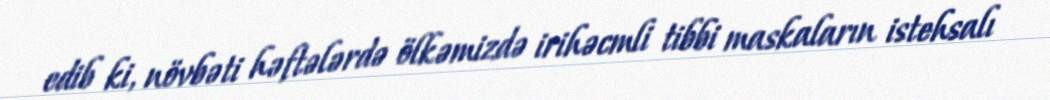
edib ki, növbəti həftələrdə ölkəmizdə irihəcmli tibbi maskaların istehsalı